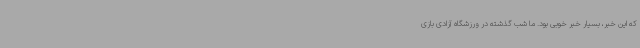
که این خبر، بسیار خبر خوبی بود. ما شب گذشته در ورزشگاه آزادی بازی